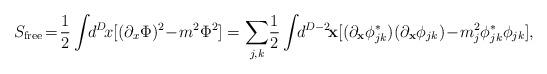
LaTeX: \begin{align*}S_{\rm free}\!=\!\frac{1}{2}\int\!\! d^D\!x[(\partial_x\Phi)^2\!-\!m^2\Phi^2] =\sum_{j,k}\!\frac{1}{2}\int\!\!d^{D-2}\!{\bf x}[(\partial_{\bf x}\phi_{jk}^*) (\partial_{\bf x}\phi_{jk})\!-\!m_{j}^2\phi_{jk}^*\phi_{jk}],\end{align*}